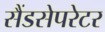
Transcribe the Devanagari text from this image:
सैंडसेपरेटर